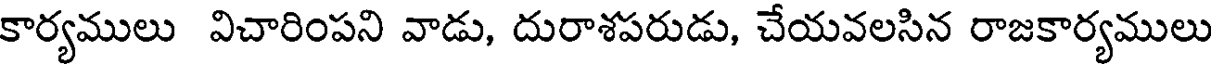
కార్యములు విచారింపని వాడు, దురాశపరుడు, చేయవలసిన రాజకార్యములు